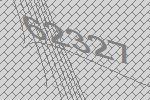
62327